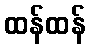
ထန်ထန်